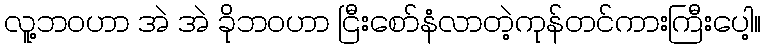
လူ့ဘဝဟာ အဲ အဲ ခိုဘဝဟာ ငြီးစော်နံလာတဲ့ကုန်တင်ကားကြီးပေါ့။